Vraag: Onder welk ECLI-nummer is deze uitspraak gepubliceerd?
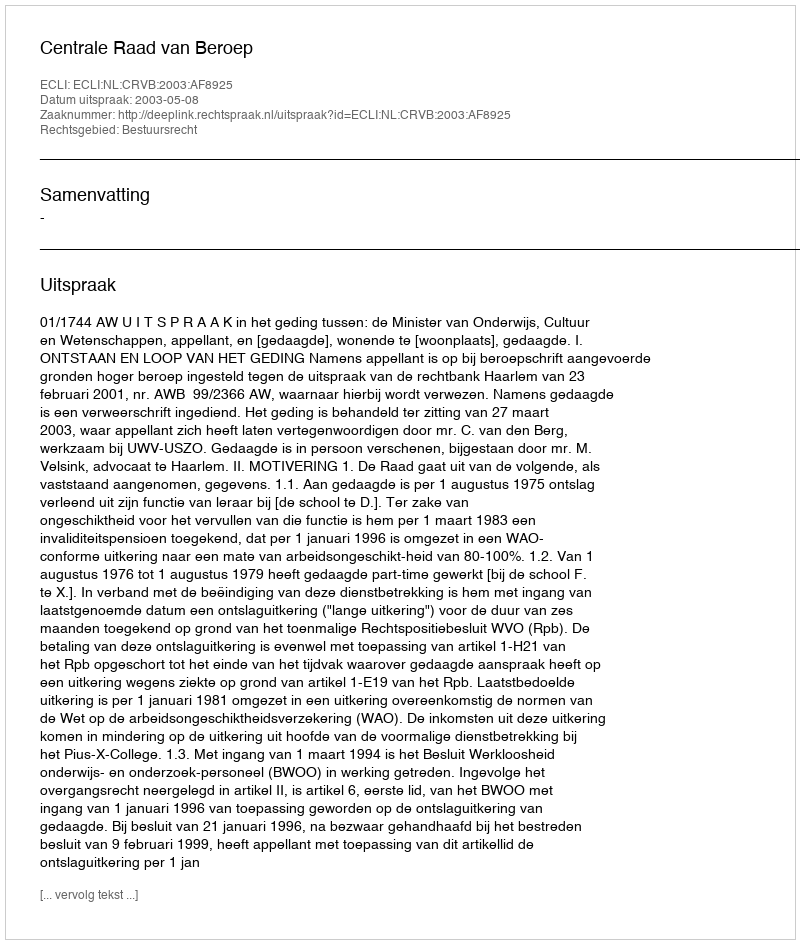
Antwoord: ECLI:NL:CRVB:2003:AF8925